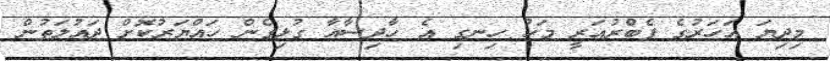
މިދިޔަ އަހަރުގެ ފެބްރުއަރީ މަހު ހިނގި އެ ހާދިސާއާ ގުޅިގެން ހައްޔަރުކޮށް ދައުލަތުން